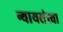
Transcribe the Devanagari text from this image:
न्यायसंस्या